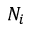
N _ { i }